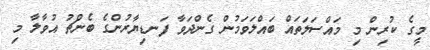
މީގެ ކުރިން މި މައްސަލަތައް ބައްލަވަމުން ގެންދަވާ ފަނޑިޔާރުންގެ ބެންޗު އުވާލާ މި